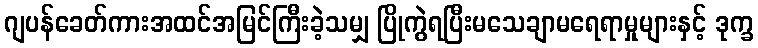
ဂျပန်ခေတ်ကားအထင်အမြင်ကြီးခဲ့သမျှ ပြိုကွဲရပြီးမသေချာမရေရာမှုများနှင့် ဒုက္ခ